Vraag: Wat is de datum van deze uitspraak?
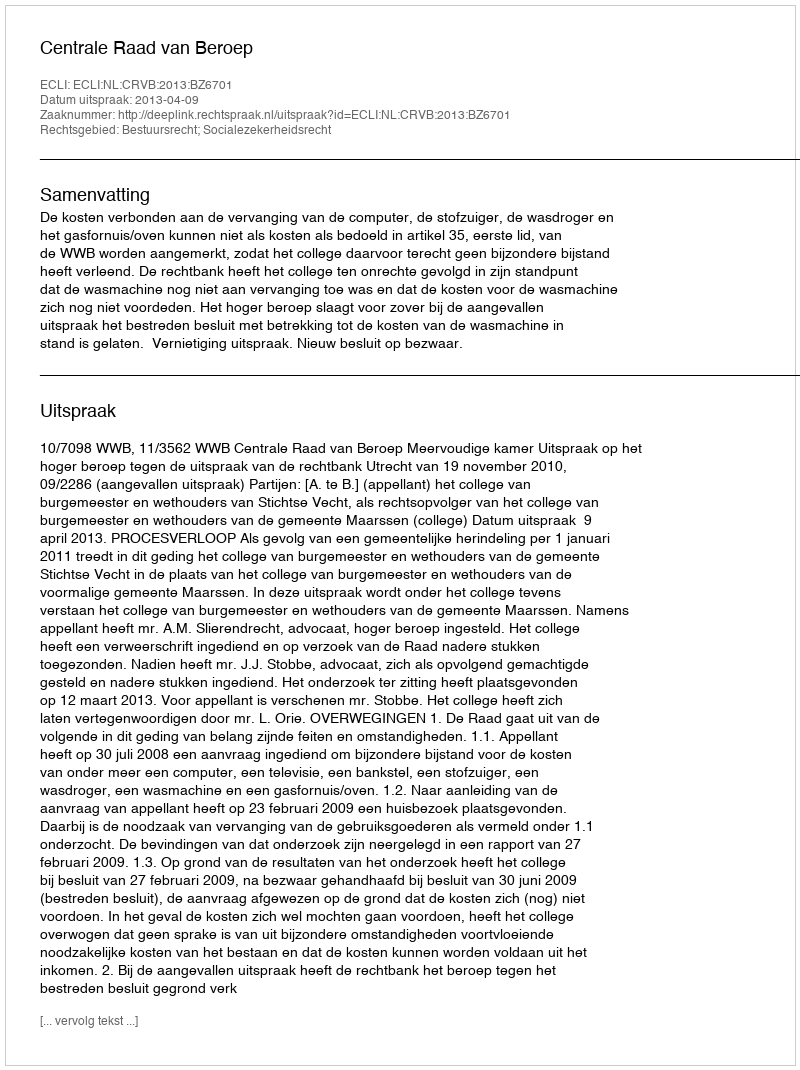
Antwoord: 2013-04-09